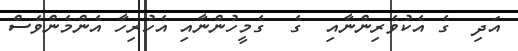
އަދި  ގެ އެކުވެރިންނާއި  ގެ  ގެމީހުންނާއި އެހުރިހާ އެންމެންވެސް